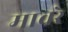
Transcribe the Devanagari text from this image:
मावरे